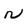
Character: N